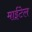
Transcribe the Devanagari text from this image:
माईटेल